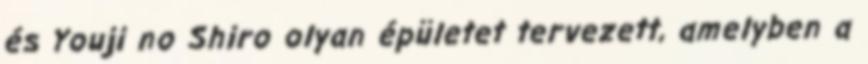
és Youji no Shiro olyan épületet tervezett, amelyben a